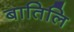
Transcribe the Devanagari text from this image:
बातिलि